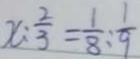
x : \frac { 2 } { 3 } = \frac { 1 } { 8 } : \frac { 1 } { 9 }